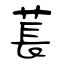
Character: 萇